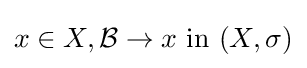
x\in X,{\mathcal {B}}\to x{\text{ in }}(X,\sigma )